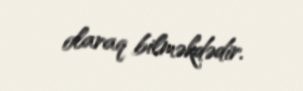
olaraq bilməkdədir.